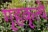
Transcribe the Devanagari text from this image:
गृहकृत्ये